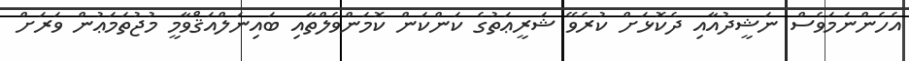
އެހެންނަމަވެސް ނަޝީދުއާއި ދެކޮޅަށް ކުރެވޭ ޝަރީޢަތުގެ ކަންކަން ކޮމަންވެލްތާއި ބައިނަލްއަޤްވާމީ މުޖުތަމަޢުން ވަރަށް